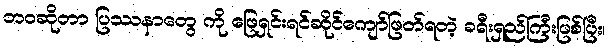
ဘဝဆိုတာ ပြဿနာတွေ ကို ဖြေရှင်းရင်ဆိုင်ကျော်ဖြတ်ရတဲ့ ခရီးရှည်ကြီးဖြစ်ပြီး၊